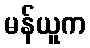
မန်ယူက